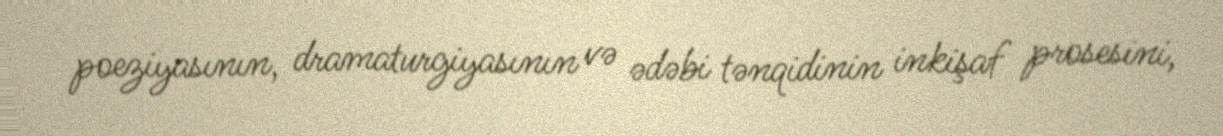
poeziyasının, dramaturgiyasının və ədəbi tənqidinin inkişaf prosesini,